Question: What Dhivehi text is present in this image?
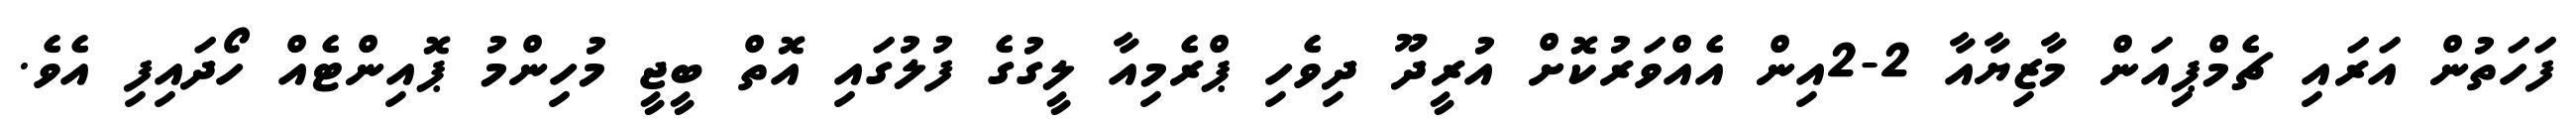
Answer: ފަހަތުން އަރައި ޗެމްޕިއަން މާޒިޔާއާ 2-2އިން އެއްވަރުކޮށް އުރީދޫ ދިވެހި ޕްރެމިއާ ލީގުގެ ފުލުގައި އޮތް ބީޖީ މުހިންމު ޕޮއިންޓެއް ހޯދައިފި އެވެ.